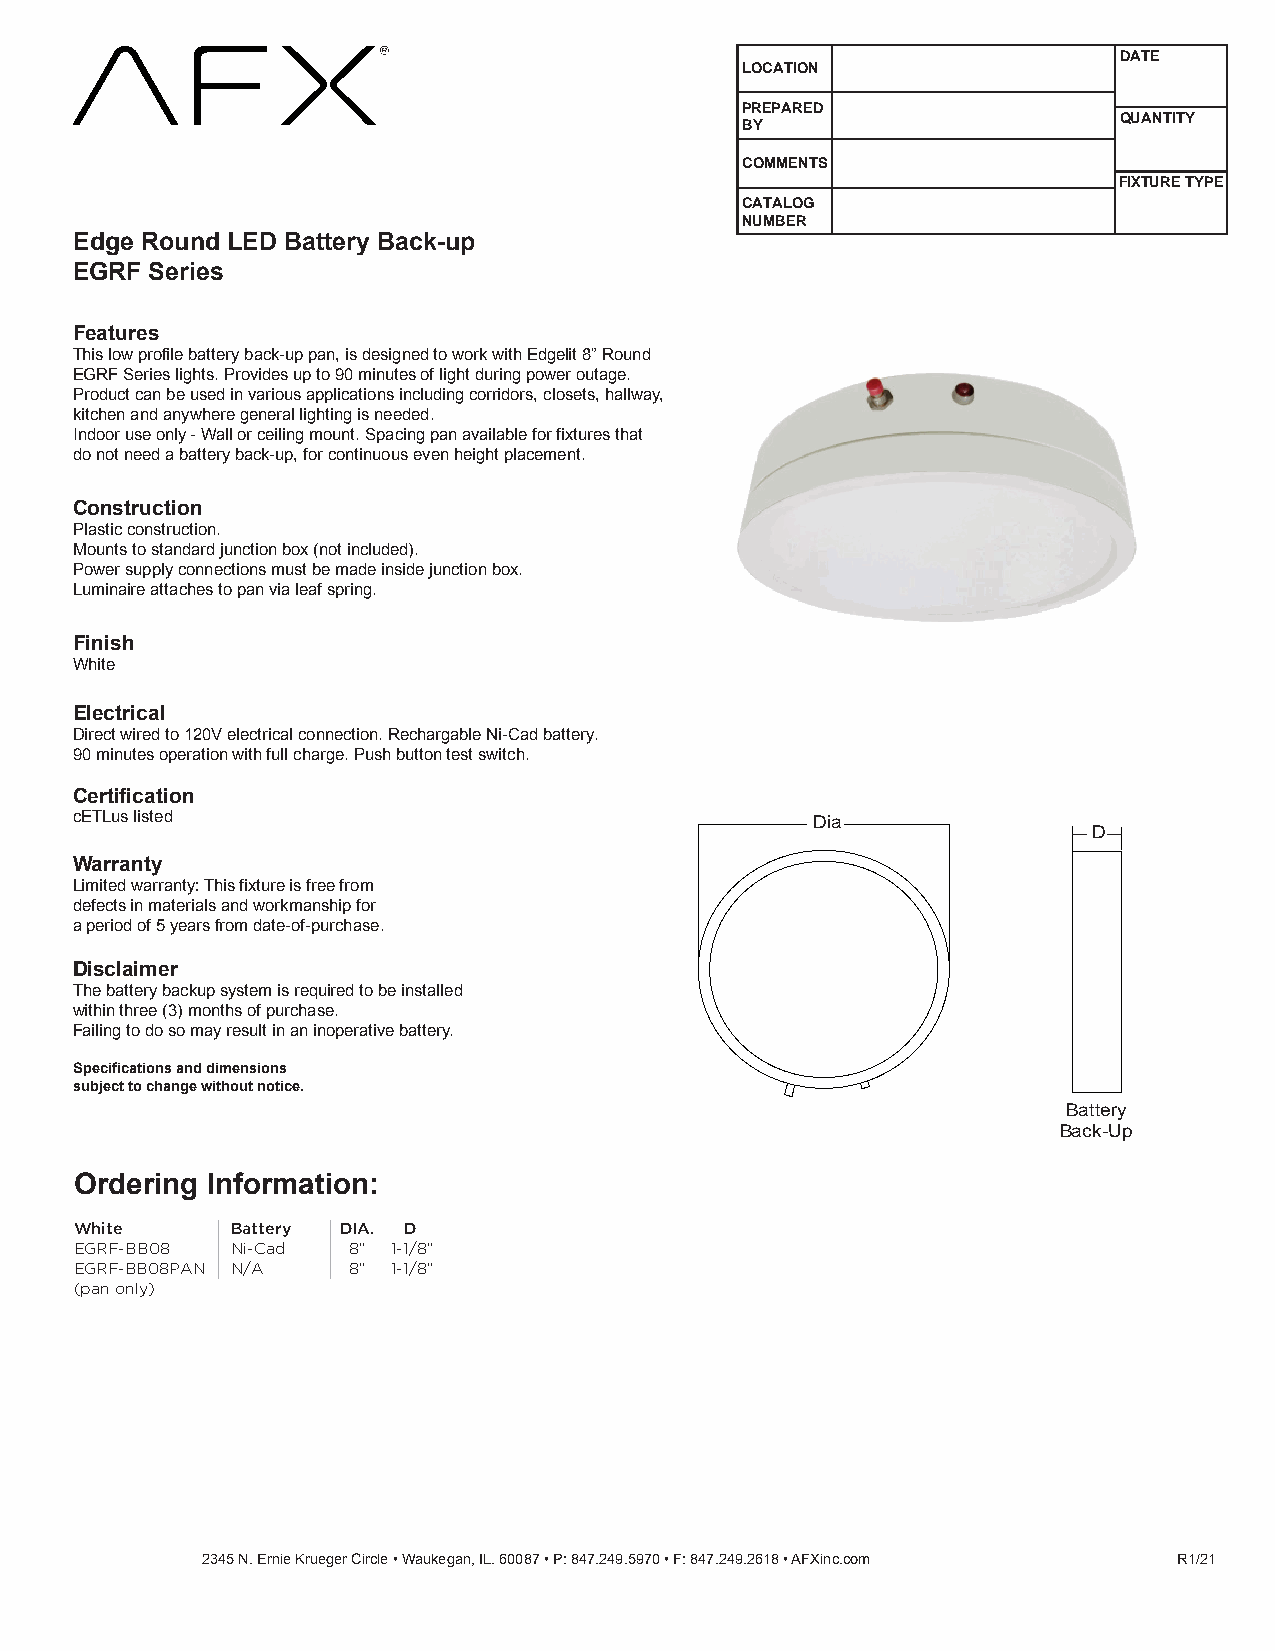
DATE
 LOCATION
 PREPARED
 QUANTITY
 BY
 COMMENTS
 FIXTURE TYPE
 CATALOG
 NUMBER
 Edge Round LED Battery Back-up
 EGRF Series
 Features
 This low profile battery back-up pan, is designed to work with Edgelit 8” Round
 EGRF Series lights. Provides up to 90 minutes of light during power outage.
 Product can be used in various applications including corridors, closets, hallway,
 kitchen and anywhere general lighting is needed.
 Indoor use only - Wall or ceiling mount. Spacing pan available for fixtures that
 do not need a battery back-up, for continuous even height placement.
 Construction
 Plastic construction.
 Mounts to standard junction box (not included).
 Power supply connections must be made inside junction box.
 Luminaire attaches to pan via leaf spring.
 Finish
 White
 Electrical
 Direct wired to 120V electrical connection. Rechargable Ni-Cad battery.
 90 minutes operation with full charge. Push button test switch.
 Certification
 cETLus listed                                    Dia
 D
 Warranty
 Limited warranty: This fixture is free from
 defects in materials and workmanship for
 a period of 5 years from date-of-purchase.
 Disclaimer
 The battery backup system is required to be installed
 within three (3) months of purchase.
 Failing to do so may result in an inoperative battery.
 Specifications and dimensions
 subject to change without notice.
 Battery
 Back-Up
 Ordering Information:
 White     Battery D IA. D
 EGRF-BB08 N i-Cad 8” 1-1/8 ”
 EGRF-BB08PAN N /A 8 ” 1-1/8 ”
 (pan only)
 2345 N. Ernie Krueger Circle • Waukegan, IL. 60087 • P: 847.249.5970 • F: 847.249.2618 • AFXinc.com R1/21